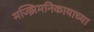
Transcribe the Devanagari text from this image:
मज्झिमनिकायाच्या